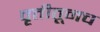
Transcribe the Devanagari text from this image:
वृत्तीतूनच